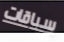
سباقات